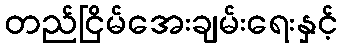
တည်ငြိမ်အေးချမ်းရေးနှင့်